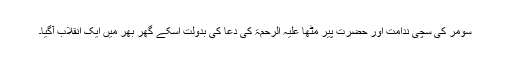
سومر کی سچی ندامت اور حضرت پیر مٹھا علیہ الرحمۃ کی دعا کی بدولت اسکے گھر بھر میں ایک انقلاب آگیا۔